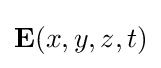
\mathbf {E} (x,y,z,t)